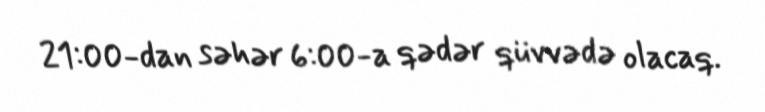
21:00-dan səhər 6:00-a qədər qüvvədə olacaq.